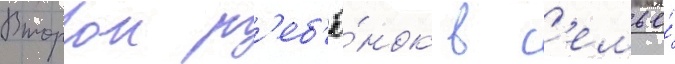
Второи р'еб'ё́нок в с'емье́